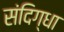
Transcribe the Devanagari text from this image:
संदिग्धा